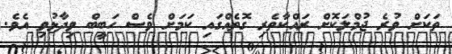
ތަކަށް ވުރެ ޖުމްލަކޮށް ރައްކާތެރި ގޮތެއްގައި ކަމަށް ވެސް ހަބީބް ވިދާޅުވި އެވެ.